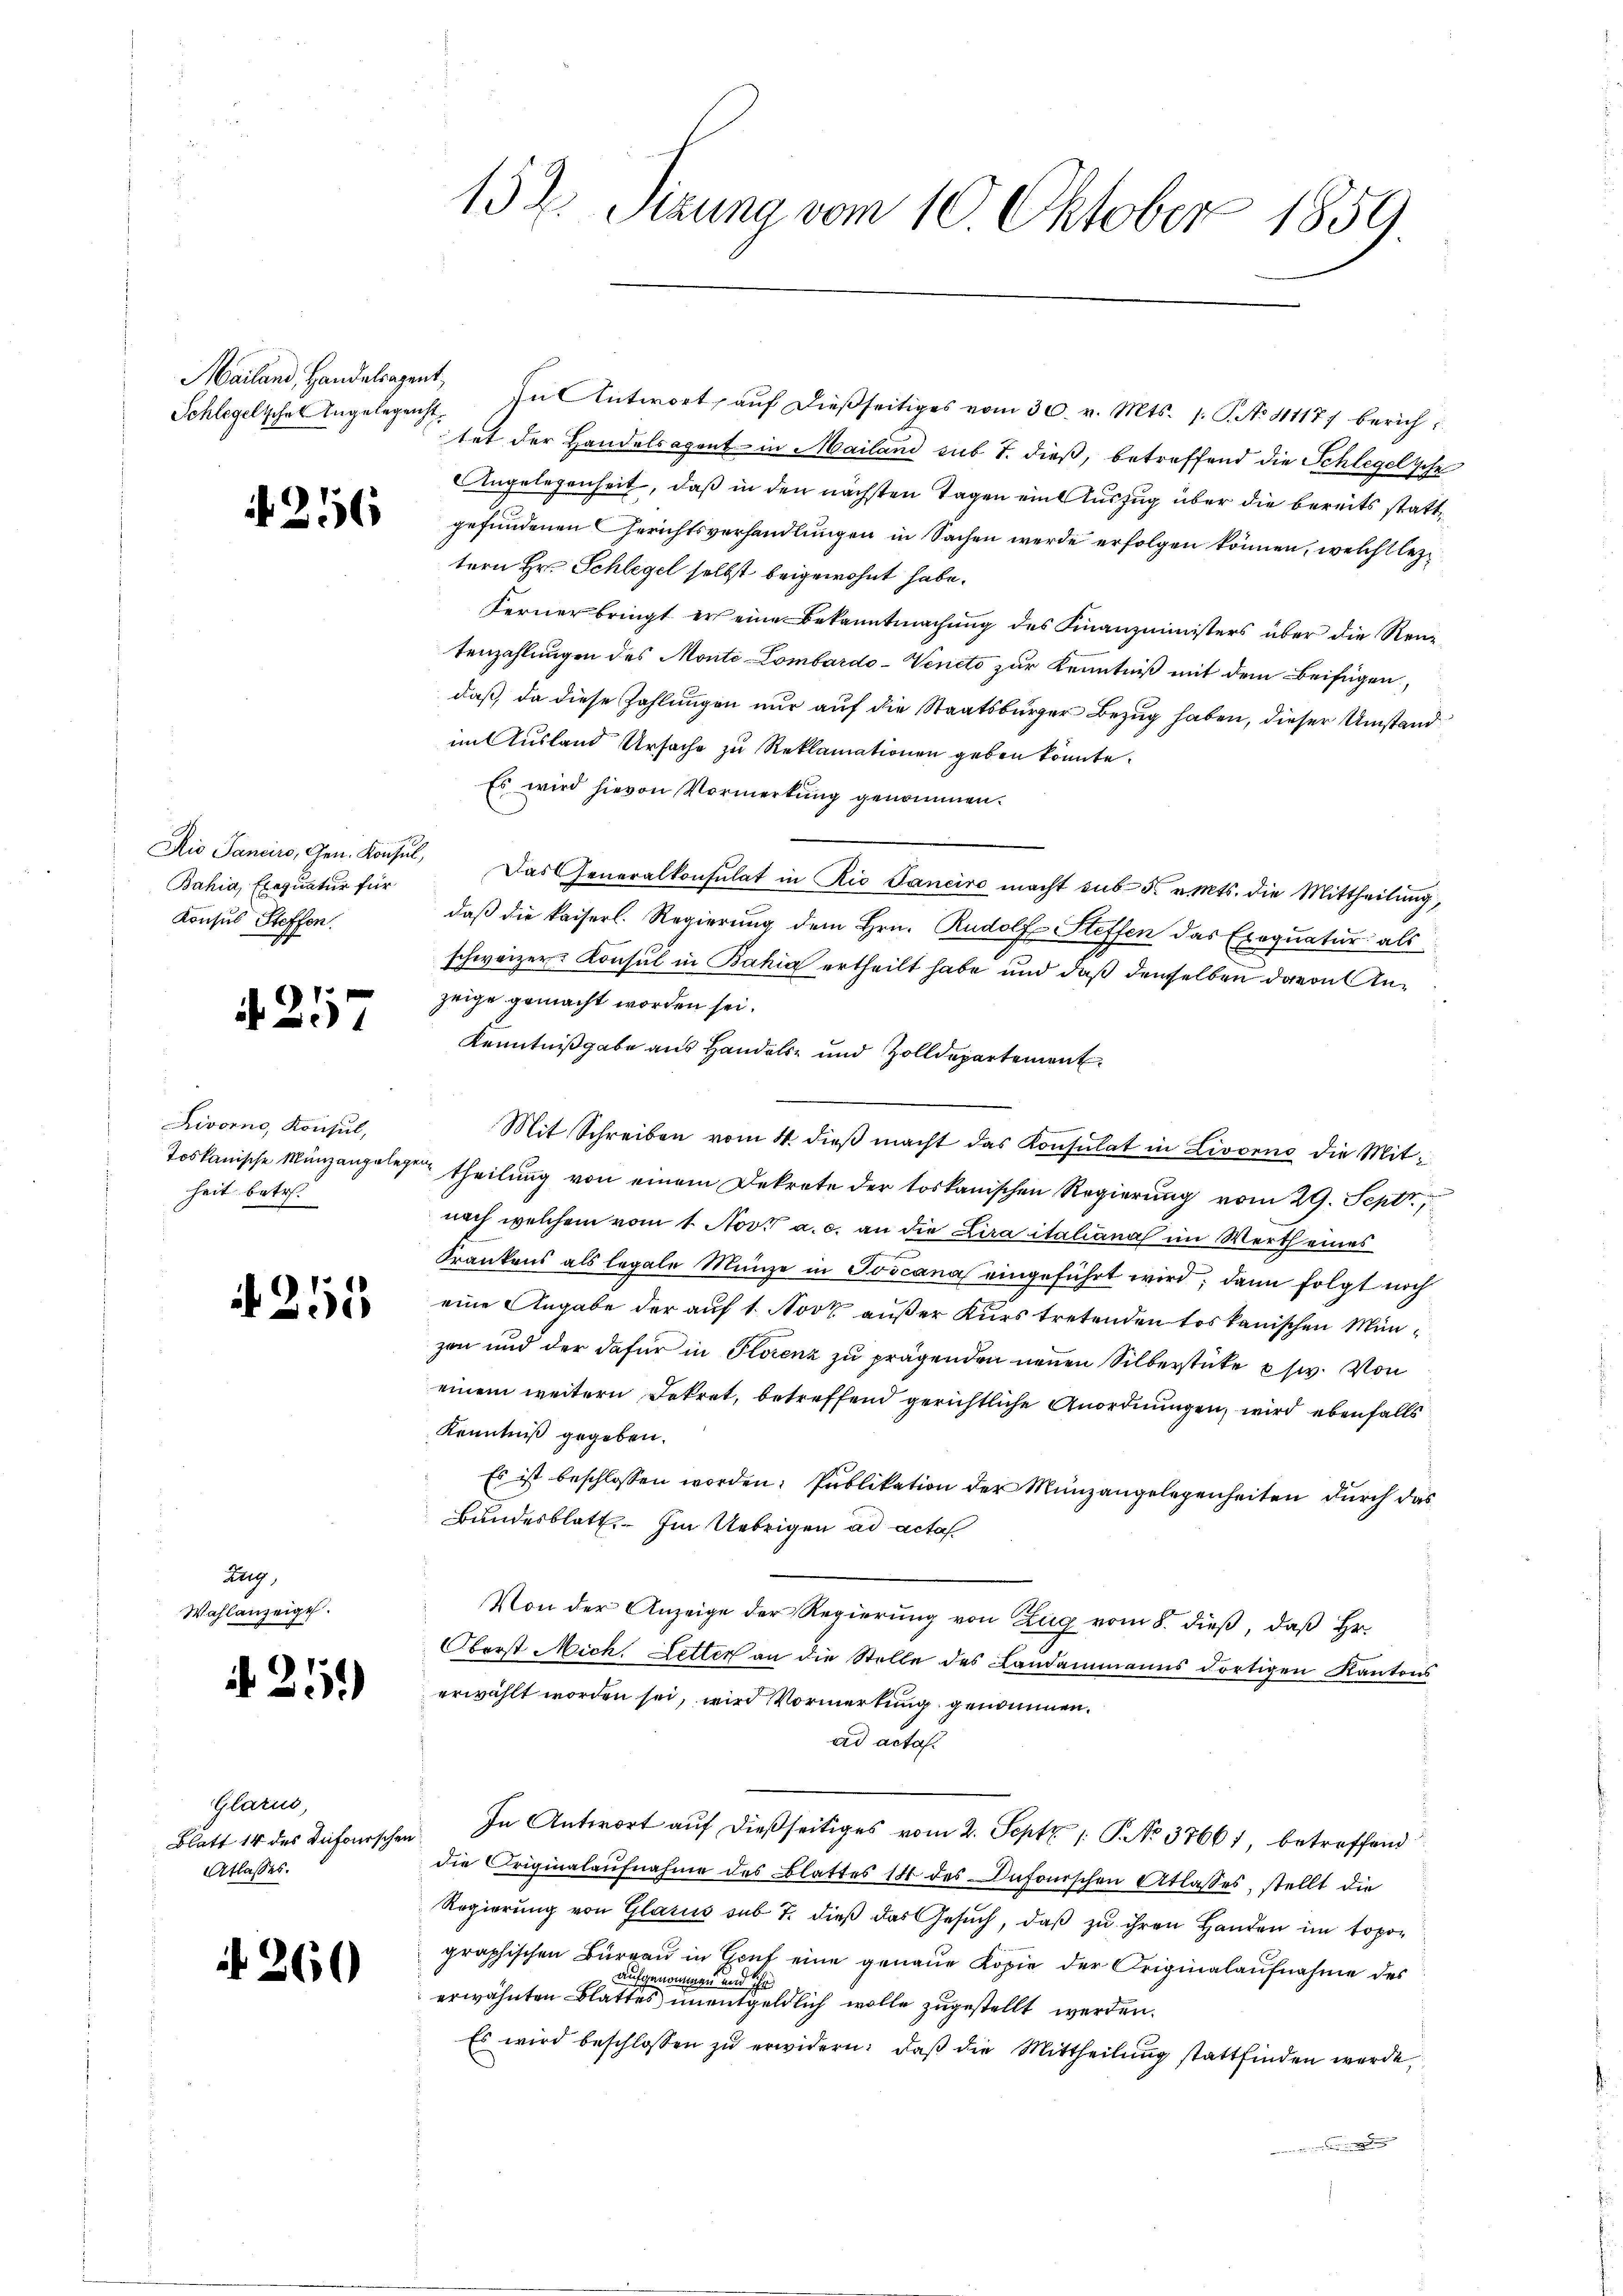
Schlegelschen Angelegenht.

d

¬

256

Bahia, Exequatur für
Konsus Steffen.

A. 217

Livorno, Konsul,
Toskanische Münzangelege
heit betr.

255

Zug,
Wahlanzeigel.

215.

Glarus,
Blatt 14 des Defonischen
Atlasses.

260

152. Sizung vom 10. Oktober 1859.

Mailand, Handelsagent. In Antwort aŭf dießseitiges vom 30. v. Mts. 1. P. No 111177 berichtet der Handelsagent in Mailand sub T. dieß, betreffend die Schlegelsche
AAngelegenheit, daß in den nächsten Tagen ein Auszug über die bereits stattgefundenen Gerichtsverhandlungen in Sachen werde erfolgen können, welch leztern Hr. Schlegel selbst beigewohnt habe.
Fernerbringt er eine Bekanntmachung des Finanzministers über die Rentenzahlungen des Monté-Lombardo-Vencto zur Kenntniß mit dem Beifügen,
daß, da diese Zahlungen nur auf die Staatsbürger Bezug haben, dieser Umstand
im Ausland Ursache zu Reklamationen geben könnte.
Es wird hievon Vormerkung genommen.
Die Janeiro, Gen. Konsul, Das Generalkonsulat in Rio Janeiro macht sub 5. v. Mts. die Mittheilŭng,
daß die kaiserl. Regierung dem Hrn. Rudolf Steffen das Exequatur als
schweizer. Konsul in Bahia ertheilt habe und daß denselben davon Anzeige gemacht worden sei.
Kenntnißgabe aus Handels- und Zolldepartement
Mit Schreiben vom 4. dieß macht das Konsulat in Livorno die Mit¬
 theilung von einem Dekrete der toskanischen Regierung vom 29. Sept.,
nach welchem vom 1. Nov. a. c. an die Lira italiana im Werth eines
Krankens als legale Münze in Toscana eingeführt wird; dann folgt noch
eine Angabe der auf 1. Novz außer Kurs tretenden toskanischen Münzen und der dafür in Storenz zu prägenden neuen Silberstüke usw. Von
einem weitern Dekret, betreffend gerichtliche Anordnungen, wird ebenfalls
Kenntniß gegeben.
Es ist beschlossen worden: Publikation der Münzangelegenheiten durch das
Bundesblatt. Im Uebrigen ad acta
Von der Anzeige der Regierung von Zug vom 8. dieß, daß Hr.
Oberst Mich. Letter an die Stelle des Landammanns dortigen Kantons
erwählt worden sei, wird Vormerkung genommen.
ad acta.
In Antwort auf dießseitiges vom 2. Sept. 1 P. No 37661, betreffend
die Originalaufnahme des Blattes 18 des Defonischen Atlasses, stellt die
Regierŭng von Glarus sub 7. dieβ das Gesŭch, daß zu ihren Handen im topographischen Büreau in Cruf eine genaue Kopie der Originalaufnahme des
aufgenommen und ihr
erwähnten Blattes unentgeldlich wolle zugestellt werden.
Es wird beschlossen zŭ erwidern: daß die Mittheilung stattfinden werde,